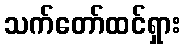
သက်တော်ထင်ရှား